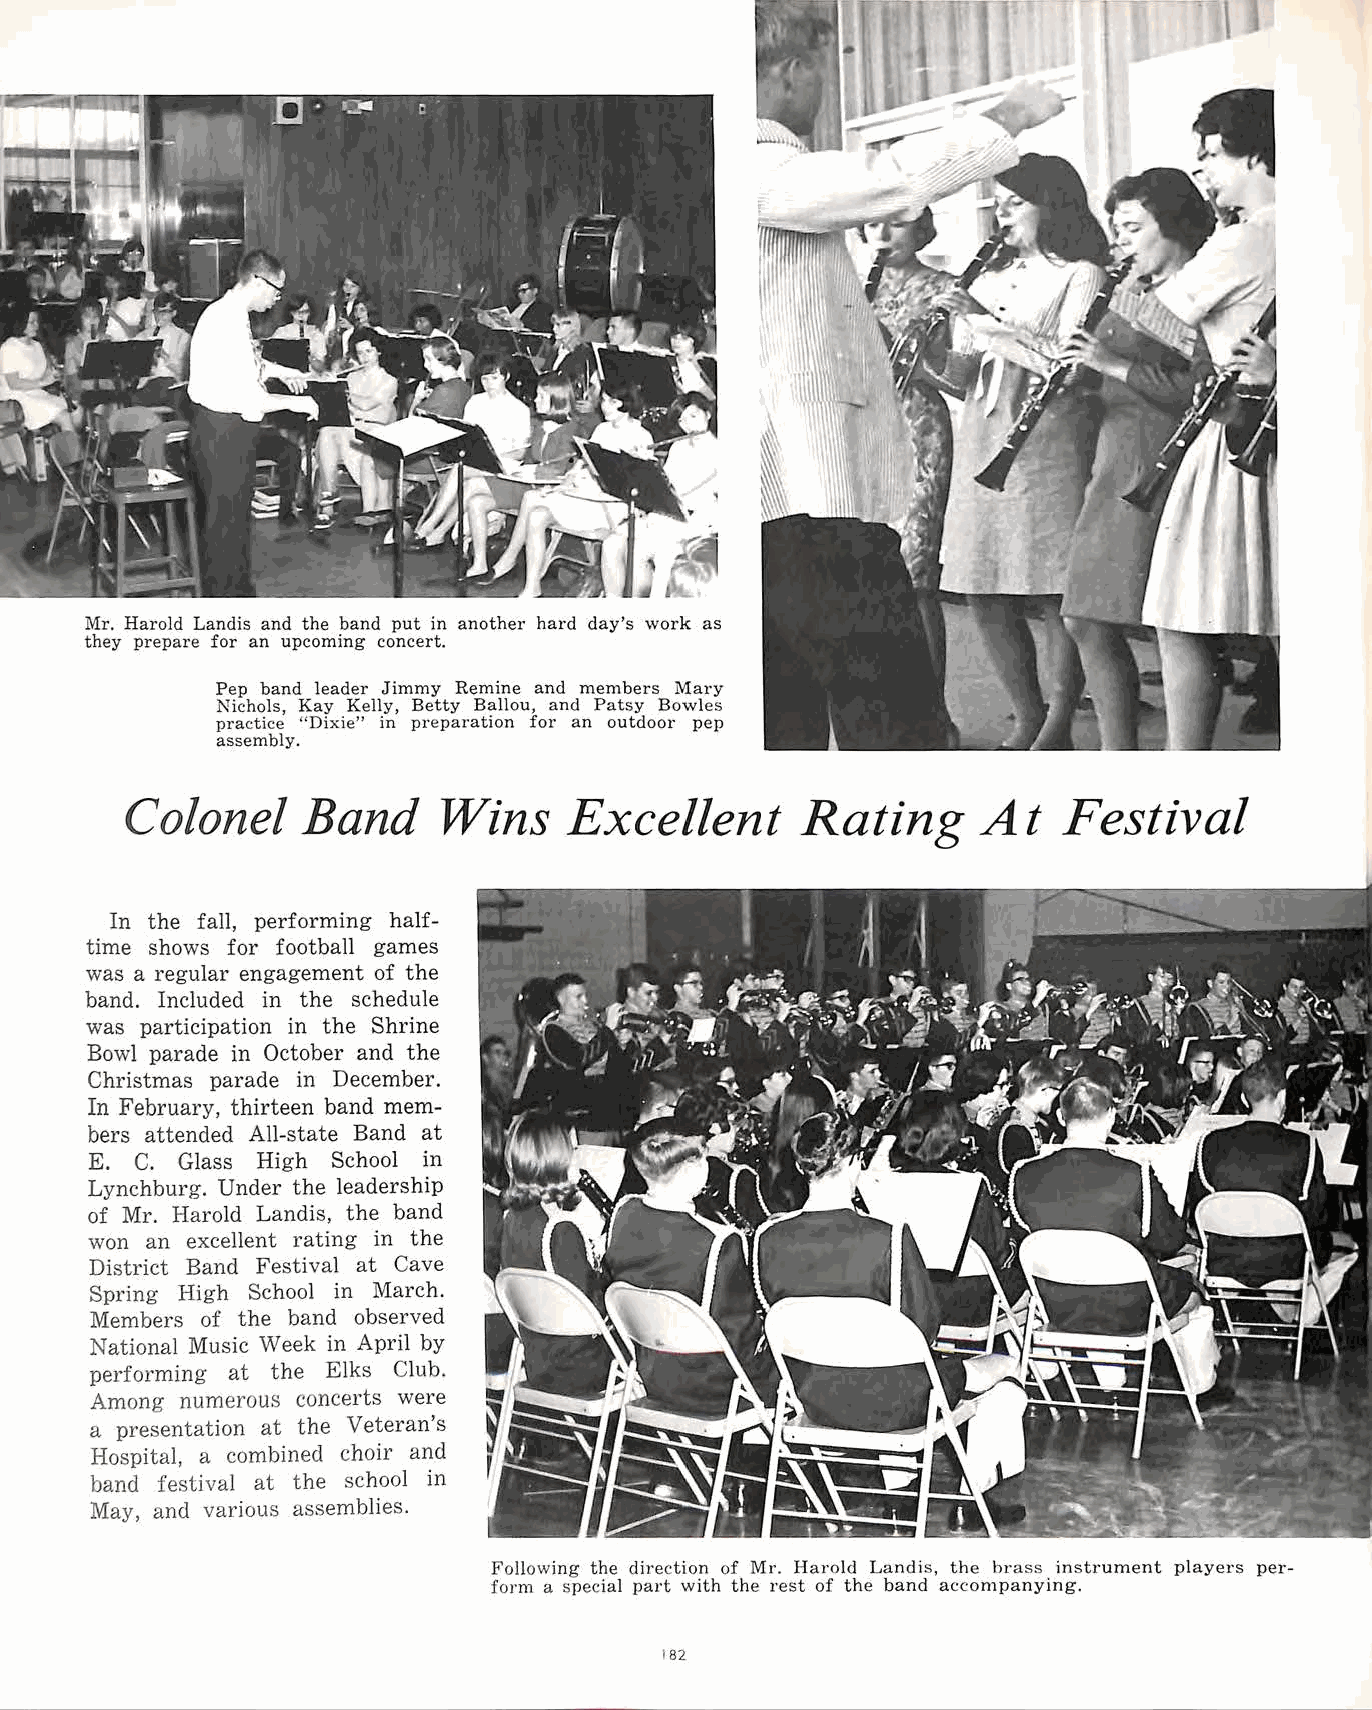
Mr. Harold Landis and the band put in another hard day's work as
 they prepare for an upcoming concert.
 Pep band leader Jimmy Remine and members Mary
 Nichols, Kay Kelly, Betty Ballou, and Patsy Bowles
 practice "Dixie" in preparation for an outdoor pep
 assembly.
 Colonel     Band     Wins     Excellent      Rating      At   Festival
 In the fall, performing half
 time shows for football games
 was a regular engagement of the
 band. Included in the schedule
 was participation in the Shrine
 Bowl parade in October and the
 Christmas parade in December.
 In February, thirteen band mem
 bers attended All-state Band at
 E. C. Glass High School in
 Lynchburg. Under the leadership
 of Mr. Harold Landis, the band
 won an excellent rating in the
 District Band Festival at Cave
 Spring High School in March.
 Members of the band observed
 National Music Week in April by
 performing at the Elks Club.
 Among numerous concerts were
 a presentation at the Veteran's
 Hospital, a combined choir and
 band festival at the school in
 May, and various assemblies.
 Following the direction of Mr. Harold Landis, the brnss instrument players per
 form a special part with the rest of the band accompanying.
 182